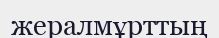
жералмұрттың